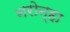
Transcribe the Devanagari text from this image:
नरोन्हा